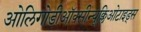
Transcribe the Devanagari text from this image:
ओलिगोडीऑक्सीन्यूक्लिओटाइड्स